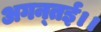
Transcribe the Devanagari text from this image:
अगन्‍तई।।